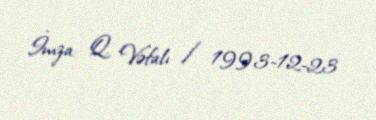
İmza: Q. Vəfalı / 1993-12-23